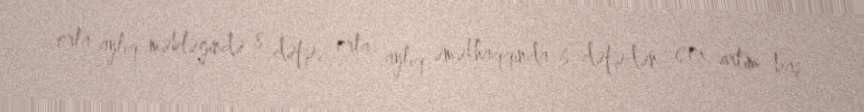
orta aylıq məbləğində 8 dəfə, orta aylıq əməkhaqqında 6 dəfədən çox artım baş